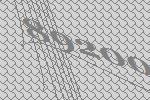
89200